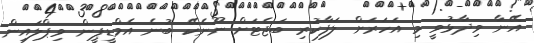
އޭނާ ވިދާޅުވީ މި އަހަރަށް ލަފާކުރި ބަޖެޓަށް ނޫނެކޭ ބުނެ އެމްޑީޕީން ވިޕްލައިން